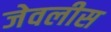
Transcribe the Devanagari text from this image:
जेवलीस